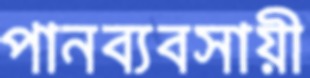
পানব্যবসায়ী